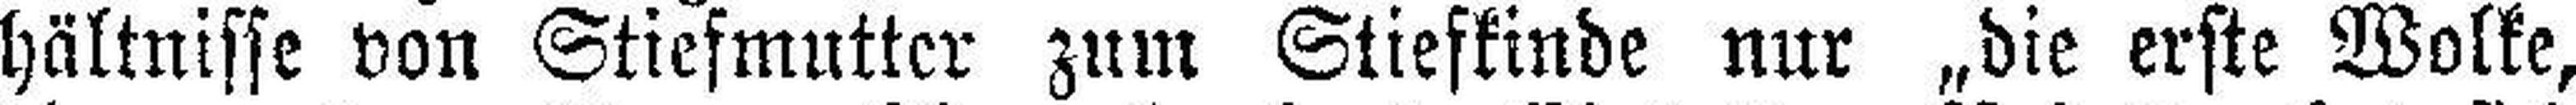
hältnisse von Stiefmutter zum Stiefkinde nur „die erste Wolke,